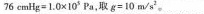
7 6 c m H g = 1 . 0 × 1 0 5 Pa$$，取$$g = 1 0 m / s ^ { 2 }$$。